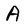
Character: A